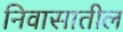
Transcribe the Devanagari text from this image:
निवासातील